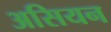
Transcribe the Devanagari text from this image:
असियन